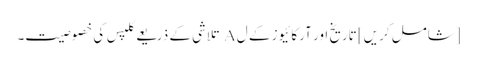
[شامل کریں] تاریخ اور آرکائیوز کے ل A تلاشی کے ذریعے کلپس کی خصوصیت۔